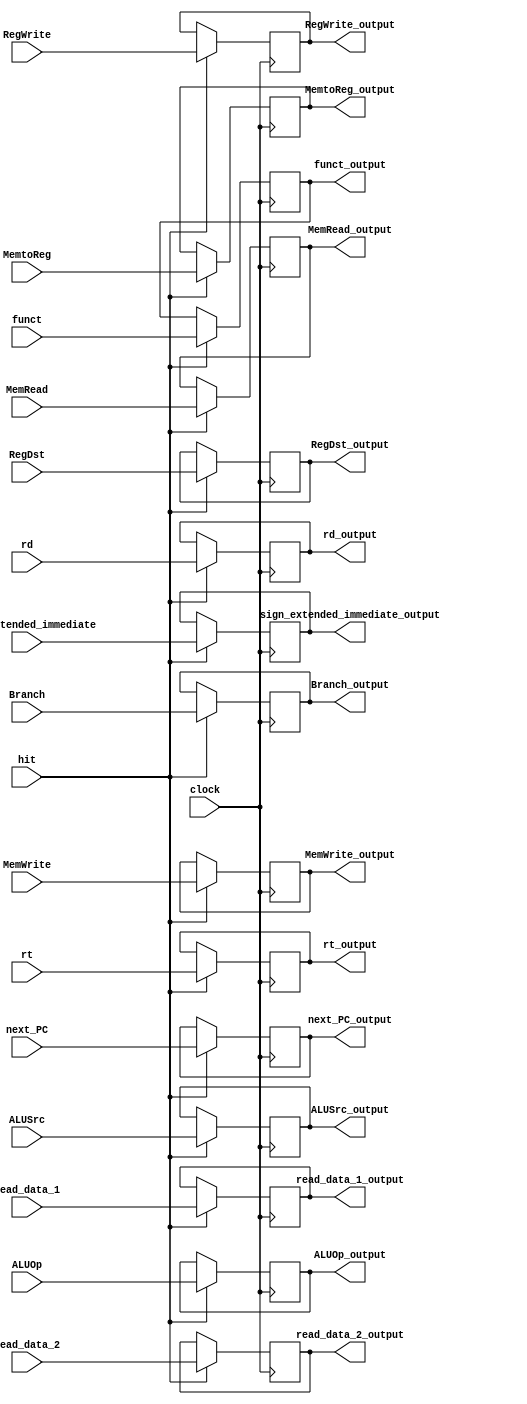
module ID_EX_pipeline_register(
	input RegDst, input ALUSrc, input MemtoReg, input RegWrite, input MemRead, input MemWrite, input Branch,	input[2:0] ALUOp, input[31:0] next_PC, input hit, input [31:0] read_data_1, input [31:0] read_data_2, input [31:0] sign_extended_immediate, input[5:0] funct, input[4:0] rt,	input[4:0] rd, input clock,
	output reg RegDst_output, output reg ALUSrc_output, output reg MemtoReg_output, output reg RegWrite_output, output reg MemRead_output,	output reg MemWrite_output, output reg Branch_output,	output reg[2:0] ALUOp_output, output reg[31:0] next_PC_output, output reg [31:0] read_data_1_output, output reg [31:0] read_data_2_output, output reg [31:0] sign_extended_immediate_output,	output reg[5:0] funct_output,	output reg[4:0] rt_output, output reg[4:0] rd_output
	);
	
	always@(negedge clock)
		if(hit)
			begin
				RegDst_output = RegDst;
				ALUSrc_output = ALUSrc;
				MemtoReg_output = MemtoReg;
				RegWrite_output = RegWrite;
				MemRead_output = MemRead;
				MemWrite_output = MemWrite; 
				Branch_output = Branch;
				ALUOp_output = ALUOp;
				next_PC_output = next_PC;
				read_data_1_output = read_data_1;
				read_data_2_output = read_data_2;
				sign_extended_immediate_output = sign_extended_immediate;
				funct_output = funct;
				rt_output = rt;
				rd_output = rd;
			end

endmodule